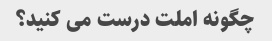
چگونه املت درست می کنید؟